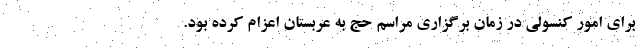
برای امور کنسولی در زمان برگزاری مراسم حج به عربستان اعزام کرده بود.